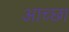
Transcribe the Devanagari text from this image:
आच्छा